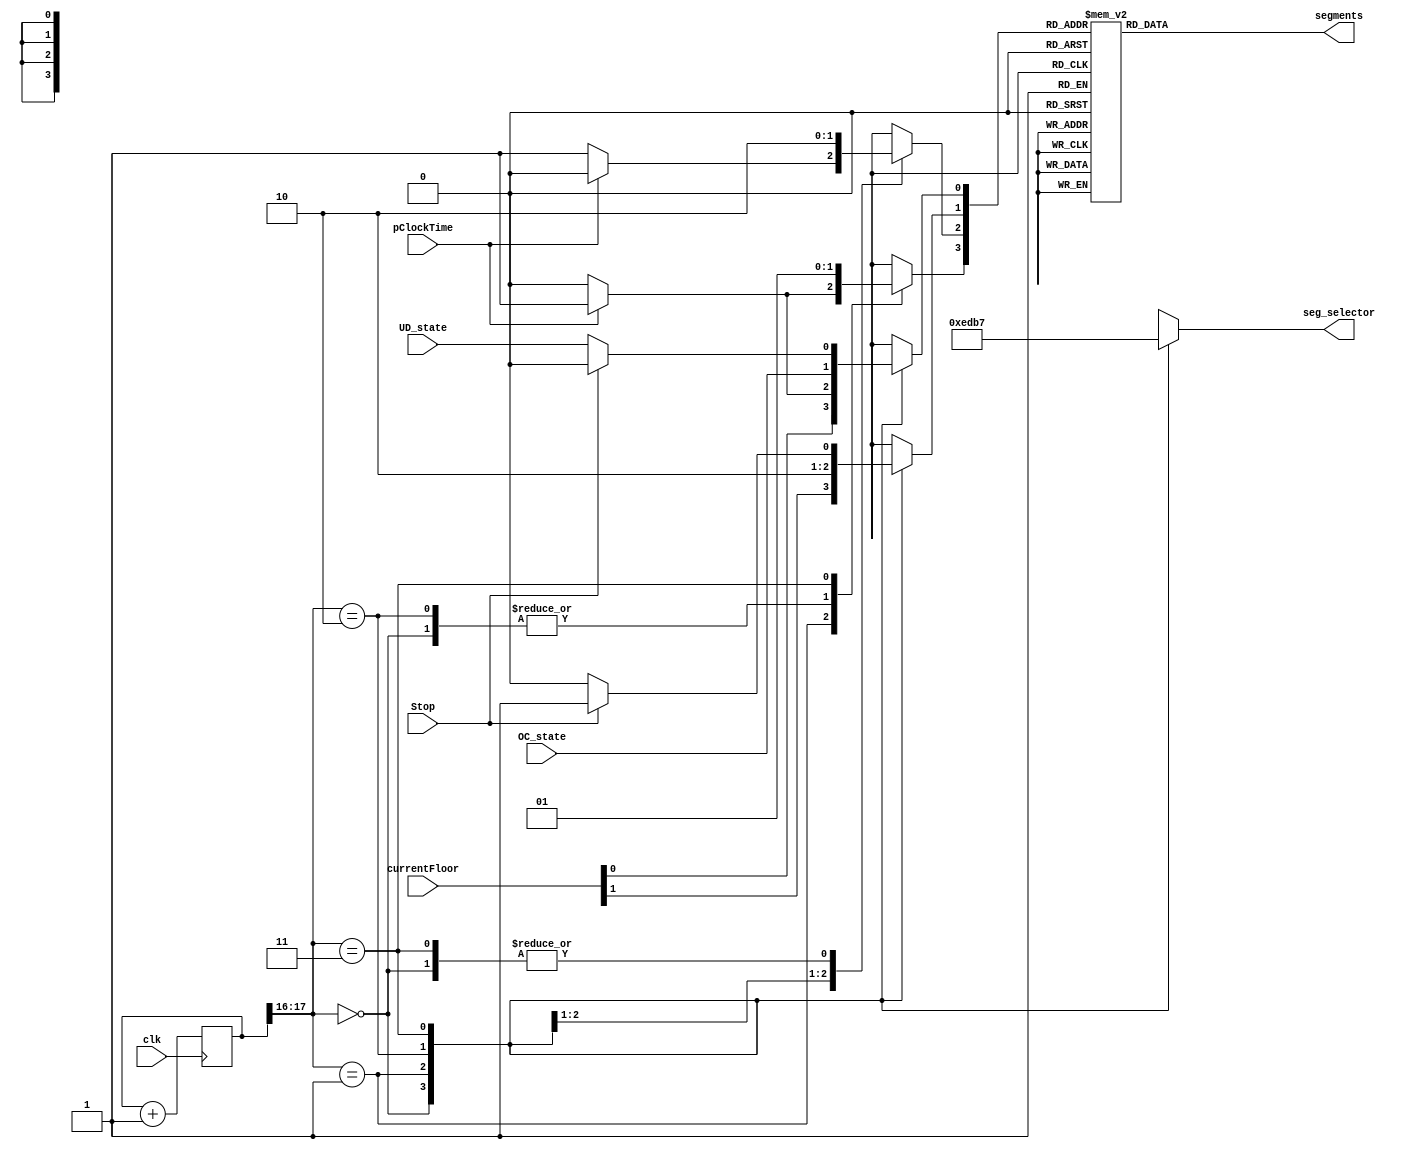
module segment_controller(
	 input clk,
	 input [1:0] currentFloor,
	 input UD_state,
	 input OC_state,
	 input Stop,
	 input pClockTime,
	 output [3:0] seg_selector,
    output [7:0] segments
    );
	 
	 reg [7:0] out_reg;
	 reg [3:0] sel_reg;
	
	initial begin
		sel_reg = 4'b1110;
		segData=0;//Ojo antes no estaba
	end
	
	localparam N = 18;
	reg [N-1:0]count;
	reg [3:0]segData;
	
	always @ (posedge clk)
		count <= count + 1'd1;
		always @ (*)begin
			case(count[N-1:N-2])
			
			2'b00 :
				begin
					segData[0] <= currentFloor[0];
					segData[1] <= currentFloor[1];
					segData[2] <= 0;
					segData[3] <= 0;
					sel_reg = 4'b1110;
				end
			2'b01:	
				begin
					if(pClockTime == 0)
						segData <= 4'd6;
					else
						segData <= 4'd11;
					sel_reg = 4'b1101;
				end
			2'b10:	
				begin
					segData[0] <= OC_state;
					segData[1] <= 0;
					segData[2] <= 1;
					segData[3] <= 0;
					sel_reg = 4'b1011;
				end
			2'b11:	
				begin
					if(Stop == 1)
						segData <= 4'd10;
					else begin
						segData[0] <= UD_state;
						segData[1] <= 0;
						segData[2] <= 0;
						segData[3] <= 1;
					end
					sel_reg = 4'b0111;
				end
			endcase
	end
	
	
	always @ (*)
	begin
	case (segData)
		0 : out_reg = 8'b10011111; //Piso 1 : 1
		1 : out_reg = 8'b00100101; //Piso 2 : 2
		2 : out_reg = 8'b00001101; //Piso 3 : 3
		3 : out_reg = 8'b10011001; //Piso 4 : 4
		4 : out_reg = 8'b01100011; //Puertas Cerradas : C
		5 : out_reg = 8'b00010001; //Puertas Abiertas : A
		6 : out_reg = 8'b00110001; //Piso : P
		8 : out_reg = 8'b11000001; //Bajando : b
		9 : out_reg = 8'b01001001; //Subiendo : S
		10: out_reg = 8'b11111101; // - En espera
		11: out_reg = 8'b00110000; // - En espera
		default : out_reg = 8'b11111111;
	endcase
	end
	
	assign segments = out_reg;
	assign seg_selector = sel_reg;
endmodule